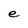
Character: e